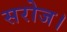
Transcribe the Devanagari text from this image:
सरोज।